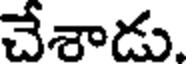
చేశాడు.